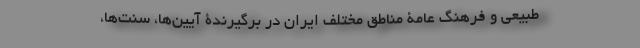
طبیعی و فرهنگ عامۀ مناطق مختلف ایران در برگیرندۀ آیین‌ها، سنت‌ها،